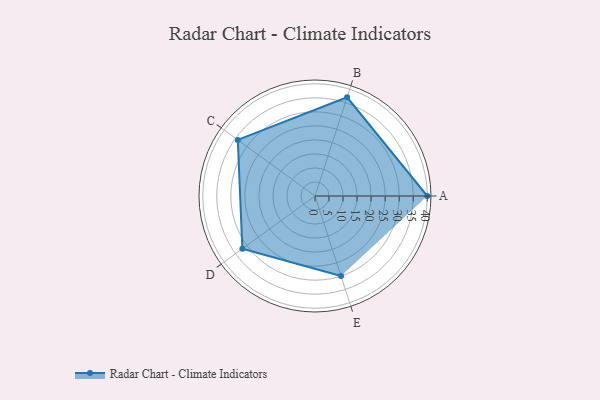
{"axis": {"x": "Skill", "y": "Score"}, "legend": ["Profile"], "data": [{"x": "A", "y": 40.0, "type": "Profile"}, {"x": "B", "y": 37.0, "type": "Profile"}, {"x": "C", "y": 34.0, "type": "Profile"}, {"x": "D", "y": 32.0, "type": "Profile"}, {"x": "E", "y": 30.0, "type": "Profile"}]}